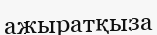
ажыратқыза